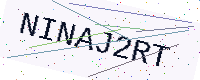
Text: NINAJ2RT